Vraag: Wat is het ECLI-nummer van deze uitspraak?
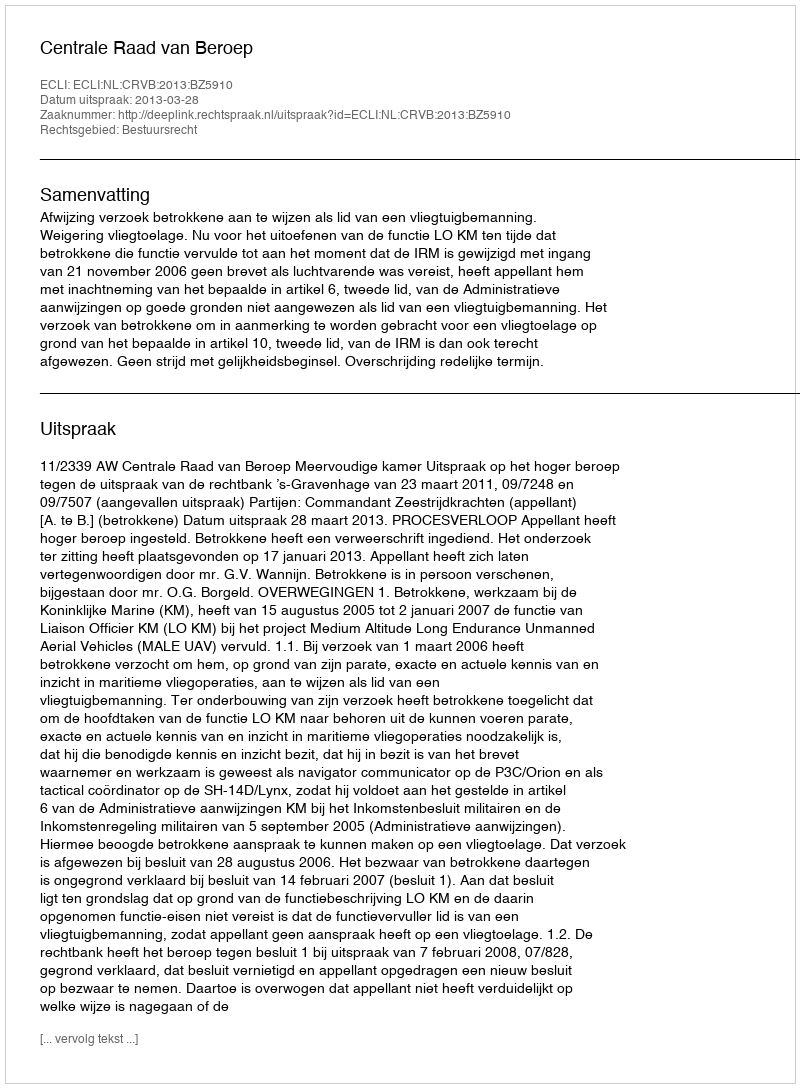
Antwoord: ECLI:NL:CRVB:2013:BZ5910